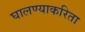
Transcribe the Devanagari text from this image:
घालण्याकरिता